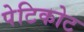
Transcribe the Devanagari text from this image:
पेटिकोट